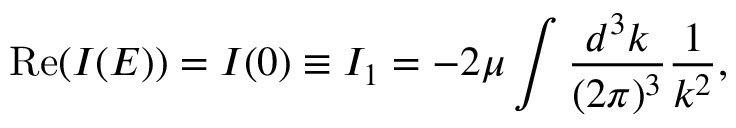
\mathrm { R e } ( I ( E ) ) = I ( 0 ) \equiv I _ { 1 } = - 2 \mu \int \frac { d ^ { 3 } k } { ( 2 \pi ) ^ { 3 } } \frac { 1 } { k ^ { 2 } } ,